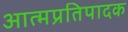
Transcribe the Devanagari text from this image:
आत्मप्रतिपादक